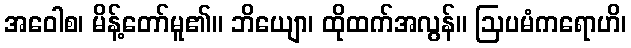
အဝေါစ၊ မိန့်တော်မူ၏။ ဘိယျော၊ ထိုထက်အလွန်။ ဩပမံကရောဟိ၊